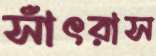
সাঁৎরাস